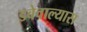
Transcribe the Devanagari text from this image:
डबेवाल्यास